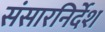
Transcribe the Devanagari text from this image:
संसारनिर्देश